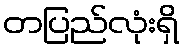
တပြည်လုံးရှိ